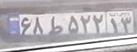
۶۸ط۵۲۲۱۳